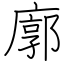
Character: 廓